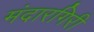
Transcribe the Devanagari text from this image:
मंदारगिरी